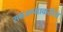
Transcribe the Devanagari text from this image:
समजण्याकरीता